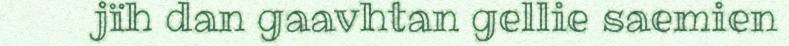
jïh dan gaavhtan gellie saemien